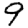
Digit: 9